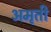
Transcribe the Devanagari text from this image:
अमृती